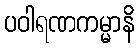
ပဝါရဏကမ္မာနိ